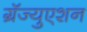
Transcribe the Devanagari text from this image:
ग्रॅज्युएशन